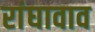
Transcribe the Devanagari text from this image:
रांघावाव